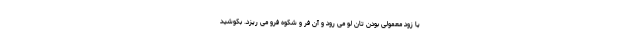
یا زود معمولی بودن تان لو می رود و آن فرّ و شکوه فرو می ریزد. بکوشید